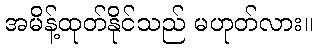
အမိန့်ထုတ်နိုင်သည် မဟုတ်လား။